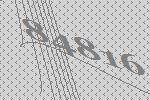
84816